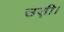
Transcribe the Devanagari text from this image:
उड़ी।